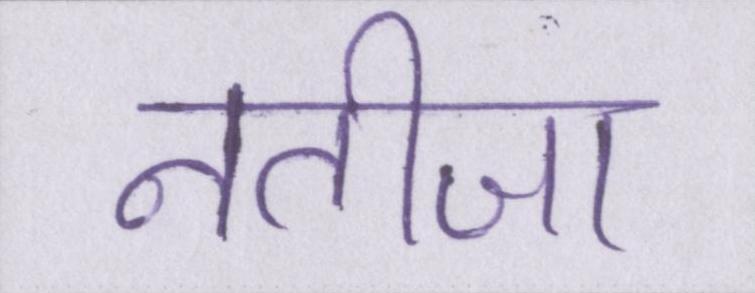
नतीजा